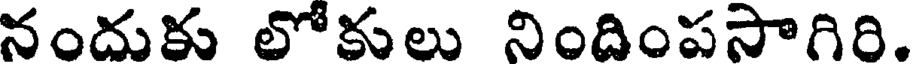
నందుకు లోకులు నిందింపసాగిరి.